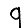
Digit: 9